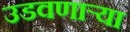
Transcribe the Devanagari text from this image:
उडवणाऱ्या